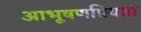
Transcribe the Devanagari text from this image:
आभूषणप्रियता